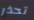
تحذر